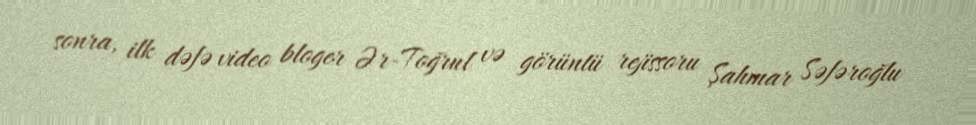
sonra, ilk dəfə video bloger Ər-Toğrul və görüntü rejissoru Şahmar Səfəroğlu